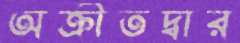
অক্রীতদ্বার